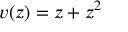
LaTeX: v ( z ) = z + z ^ { 2 }